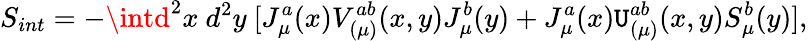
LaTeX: S_{int}=-\intd^{2}x~d^{2}y~[J_{\mu}^{a}(x)V_{(\mu)}^{ab}(x,y)J_{\mu}^{b}(y)+J_{\mu}^{a}(x)\mathtt{U}_{(\mu)}^{ab}(x,y)S_{\mu}^{b}(y)],